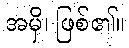
အမှိ၊ ဖြစ်၏။